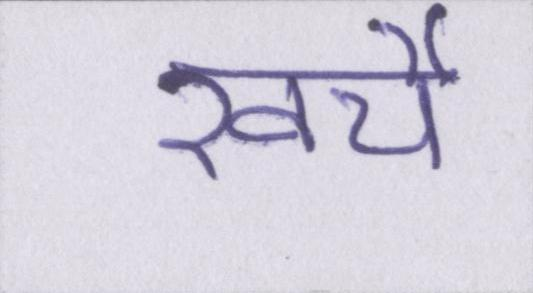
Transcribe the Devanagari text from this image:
खर्चे